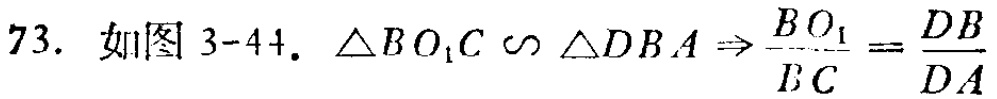
73. 如图3-44. $\triangle BO_{1}C\sim\triangle DBA\Rightarrow\frac{BO_{1}}{BC}=\frac{DB}{DA}$